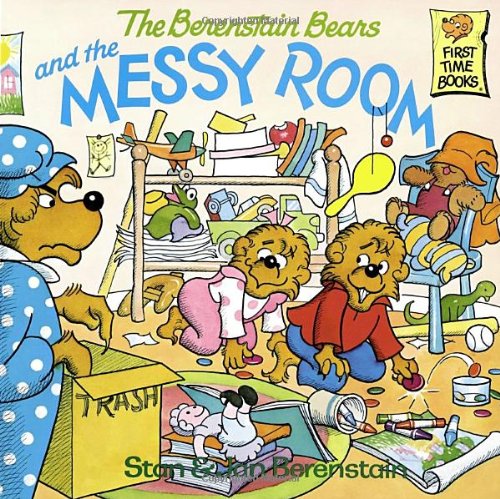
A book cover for The Berenstain Bears and the Messy Room; Stan Berenstain; Children's Books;